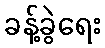
ခန့်ခွဲရေး